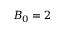
B _ { 0 } = 2